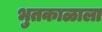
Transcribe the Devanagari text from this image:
भुतकाळाला